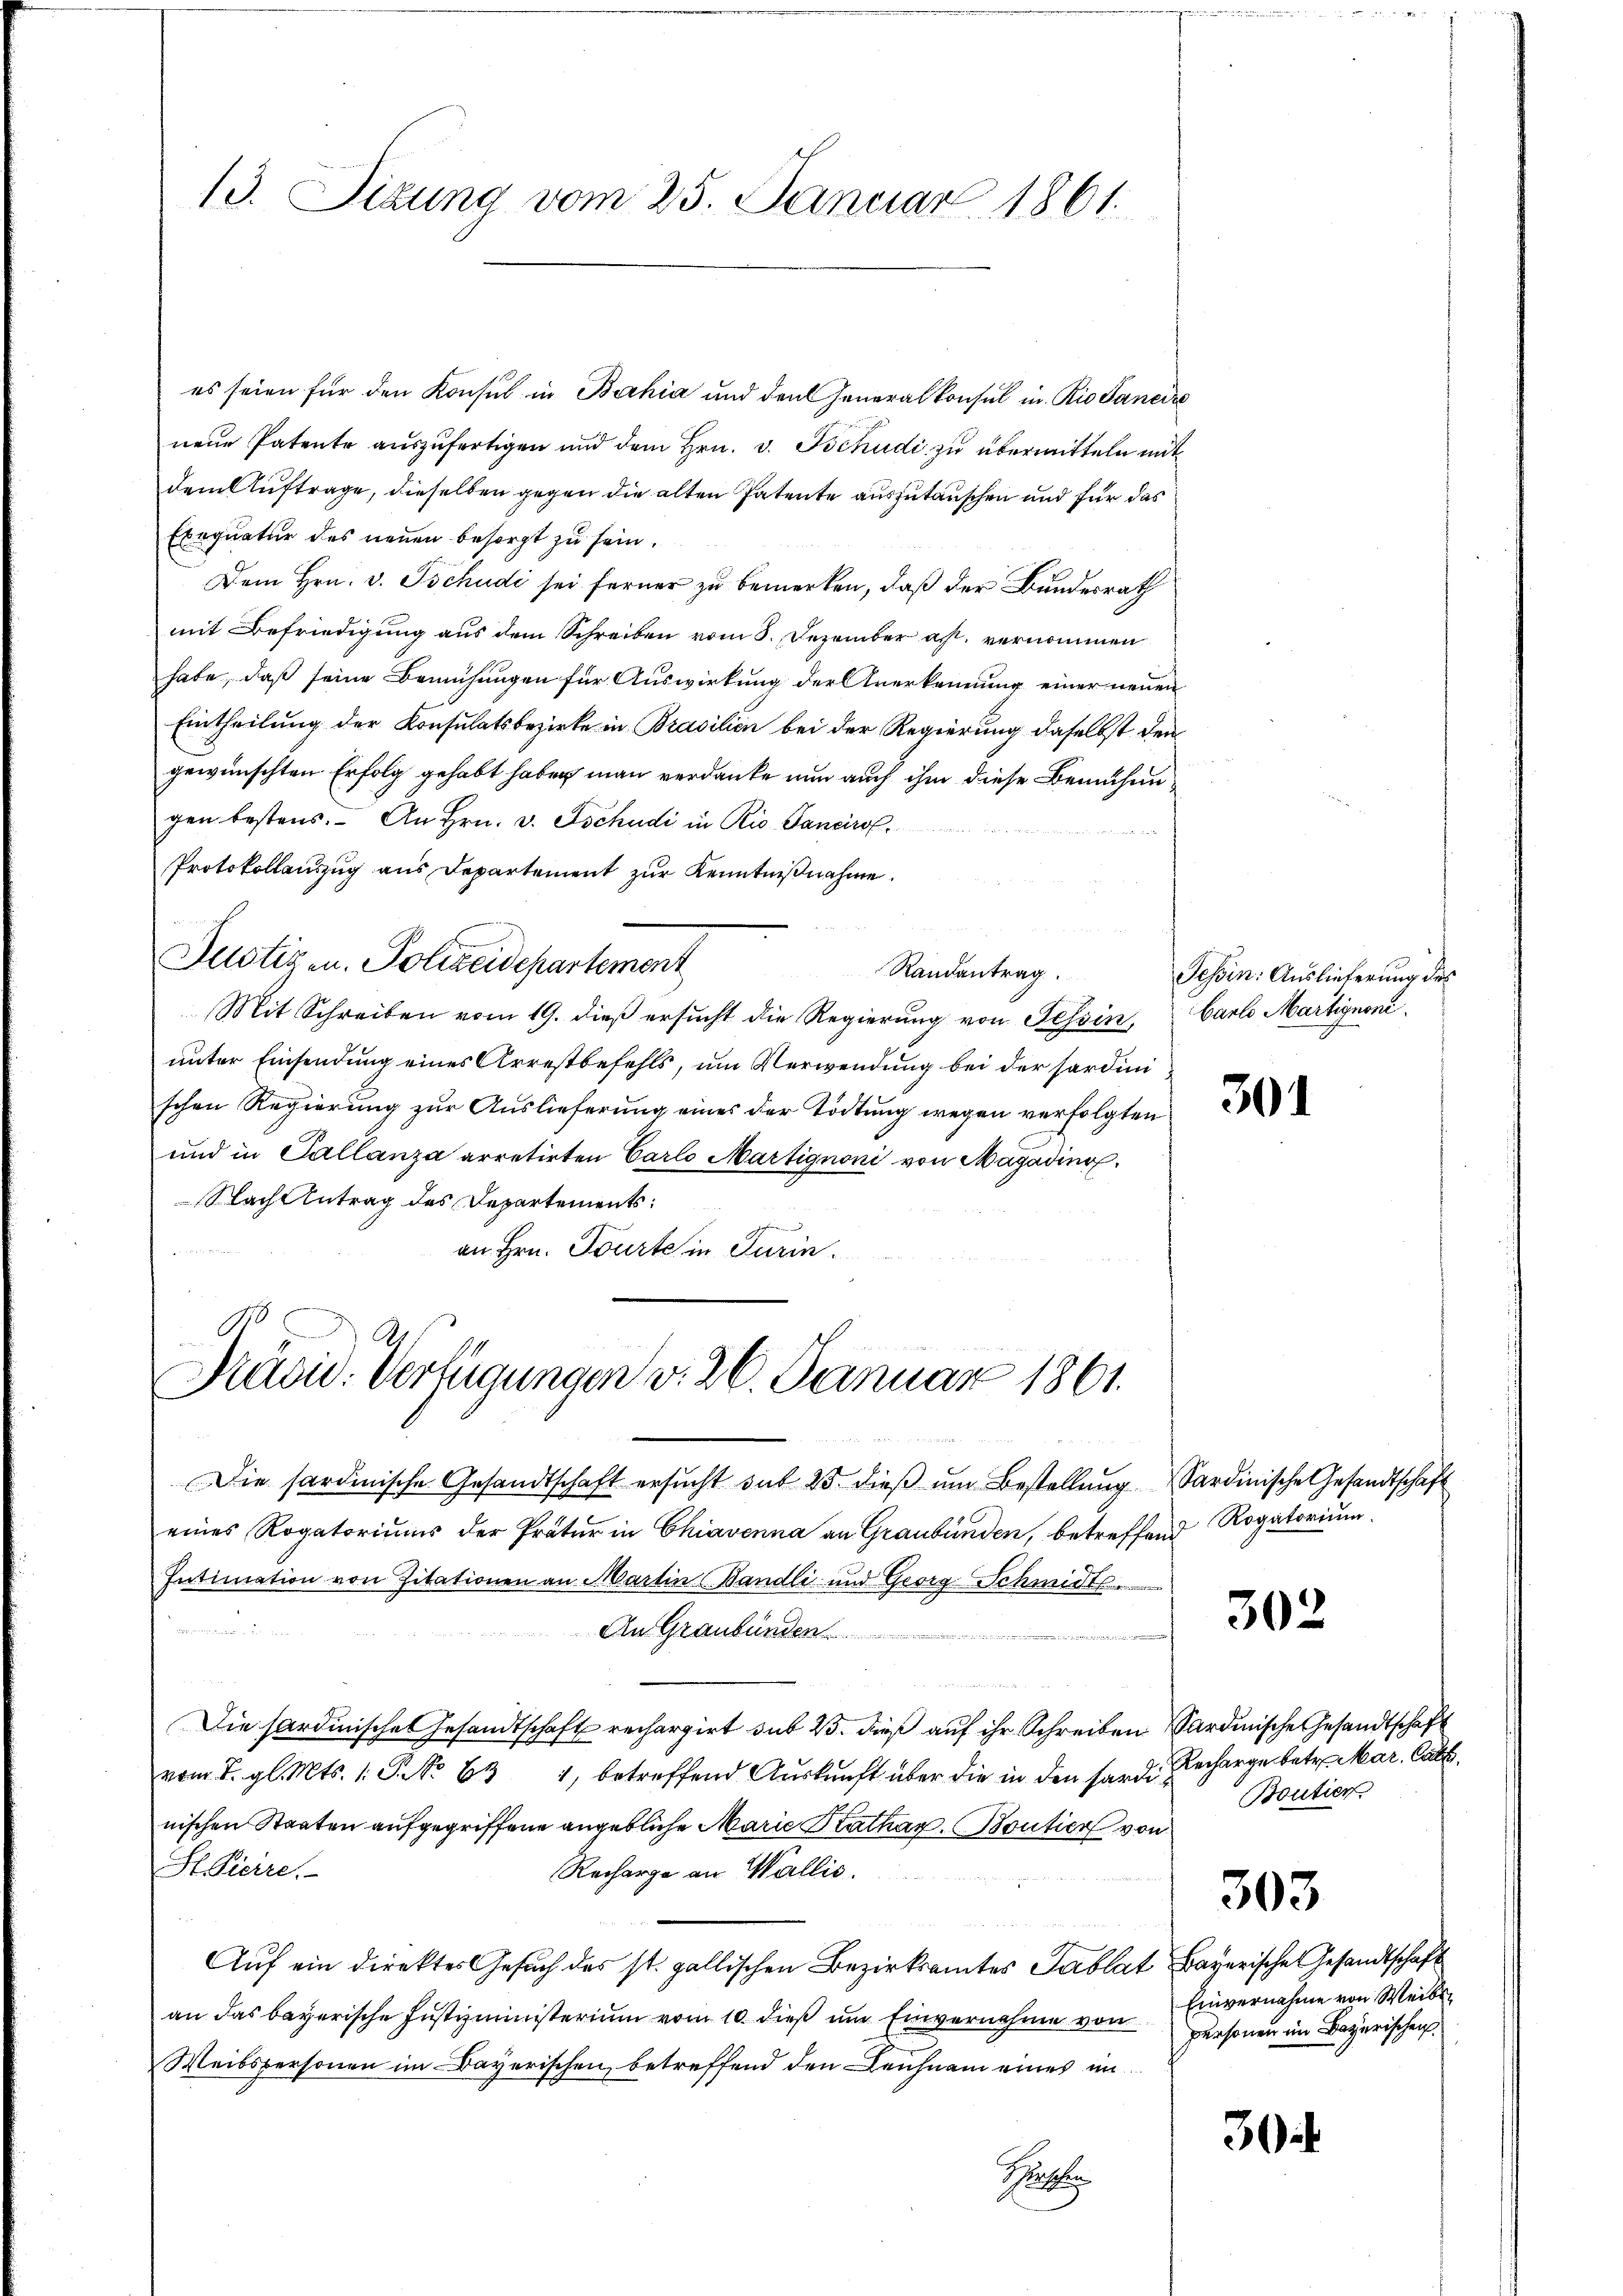
13. Sizung vom 25. Januar 1861.

es seien für den Konsul in Bahia und den Generalkonsul in Rio Saneire
nene Patente auszufertigen und dem Hrn. v. Tschudi zu übermitteln mit
dem Auftrage, dieselben gegen die alten Patente auszutauschen und für das
Exequatur des neuen besorgt zu sein.
Dem Hrn. v. Tschudi sei ferner zu bemerken, daß der Bundesrath
mit Befriedigung aus dem Schreiben vom 8. Dezember ast. vernommen
habe, daß seine Bemühungen für Auswirkung der Anerkennung einer neuen
Eintheilung der Konsulatsbezirke in Brasilien bei der Regierung daselbst den
gewünschten Erfolg gehabt haben man verdanke nun auch ihm diese Bemühengen bestens. An Hrn. v. Tschudi in Rio Sancirol.
Protokollauszug aus Departement zur Kenntnißnahme.
Justizen. Polizeidepartement
Randantrag.
Mit Schreiben vom 19. dieß ersucht die Regierung von Tessin, Carl Martignoni
unter Einsendung eines Arrestbefehls, um Verwendung bei der Sardini
schen Regierung zur Auslieferung eines der Tödtung wegen verfolgten
und in Sallanza arretirten Carlo Martignoni von Magading
Nach Antrag des Departements:
an Hrn. Tourte in Turin.

A
Präsid. Verfügungen v. 26. Januar 1861.

Die sardinische Gesandtschaft ersŭcht sub 25. dieβ ŭm Bestellŭng Sardinische Gesandtschaft
eines Rogatoriums der Pratur in Chiavenna an Graubünden, betreffend
Intimation von Zitationen an Martin Wandli und Georg Schmidts

An Graubünden
552

Die Pardinisches Gesandtschaft rechargirt sub 23. dieß auf ihr Schreiben Sardinische Gesandtschaft
vom 7. gl. Mts. 1. P. No 631, betreffend Auskunft über die in den fardinischen Staaten aufgegriffene angebliche Marie Kathar. Boutier von
St. Picire.
Recharge an Wallis.
 224
Auf ein direktes Gesuch des st. gallischen Bezirksamtes Tablat Bayerische Gesandtschaft
an das bayerische Justizministerium vom 10. dieß um Einvernahme von
Weibspersonen im Bayerischen, betreffend den Leichnam eines im
Pater

Tessin: Auslieferung des

301

Rogatorium.

302

3

Recharge betr. Mar. Catt.
Boutier
303
Einvernahme von Weiben
personen im Bayerischen